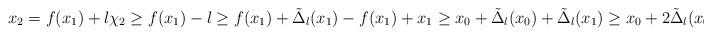
LaTeX: \begin{align*}x_2=f(x_1)+l\chi_2\ge f(x_1)-l\ge f(x_1)+\tilde \Delta_l(x_1)-f(x_1)+x_1\ge x_0+\tilde \Delta_l(x_0)+\tilde \Delta_l(x_1)\ge x_0+2\tilde \Delta_l(x_0).\end{align*}